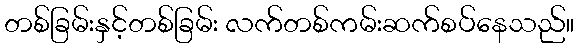
တစ်ခြမ်းနှင့်တစ်ခြမ်း လက်တစ်ကမ်းဆက်စပ်နေသည်။